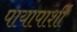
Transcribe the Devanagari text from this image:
पायापाशीं